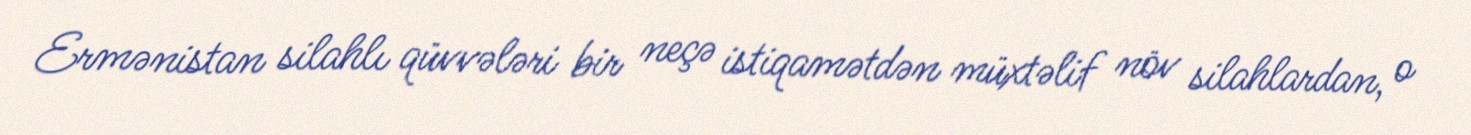
Ermənistan silahlı qüvvələri bir neçə istiqamətdən müxtəlif növ silahlardan, o